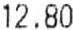
12.80